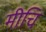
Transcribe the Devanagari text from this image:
मीचि